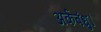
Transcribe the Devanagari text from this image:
अर्कबंधु।